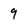
Character: 9